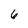
Character: 6